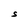
Character: S